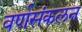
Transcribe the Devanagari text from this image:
वर्णसंकलन